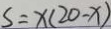
S = x ( 2 0 - x )